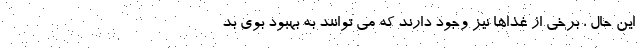
این حال ، برخی از غذاها نیز وجود دارند که می توانند به بهبود بوی بد